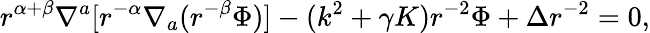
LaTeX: r^{\alpha+\beta}\nabla^{a}[r^{-\alpha}\nabla_{a}(r^{-\beta}\Phi)]-(k^{2}+\gamma K)r^{-2}\Phi+\Delta r^{-2}=0,